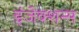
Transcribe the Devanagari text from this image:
इंजेक्शन्स